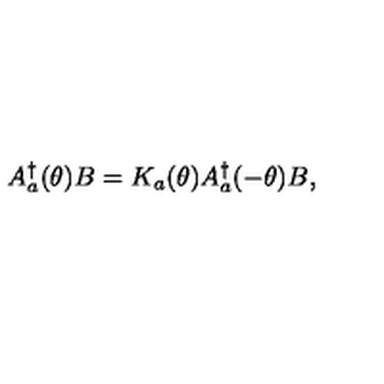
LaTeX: A _ { a } ^ { \dagger } ( \theta ) B = K _ { a } ( \theta ) A _ { a } ^ { \dagger } ( - \theta ) B ,